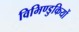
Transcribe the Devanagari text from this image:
विभिण्डुकियों